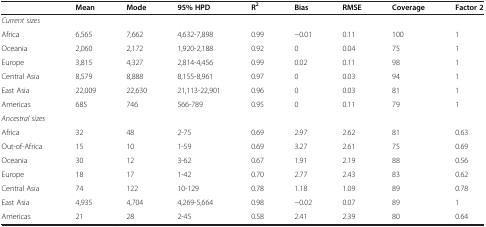
|  | Mean | Mode | 95% HPD | R2 | Bias | RMSE | Coverage | Factor 2 |
 | --- | --- | --- | --- | --- | --- | --- | --- | --- |
 | Current sizes |  |  |  |  |  |  |  |  |
 | Africa | 6,565 | 7,662 | 4,632-7,898 | 0.99 | −0.01 | 0.11 | 100 | 1 |
 | Oceania | 2,060 | 2,172 | 1,920-2,188 | 0.92 | 0 | 0.04 | 75 | 1 |
 | Europe | 3,815 | 4,327 | 2,814-4,456 | 0.99 | 0.02 | 0.11 | 98 | 1 |
 | Central Asia | 8,579 | 8,888 | 8,155-8,961 | 0.97 | 0 | 0.03 | 94 | 1 |
 | East Asia | 22,009 | 22,630 | 21,113-22,901 | 0.96 | 0 | 0.03 | 81 | 1 |
 | Americas | 685 | 746 | 566-789 | 0.95 | 0 | 0.11 | 79 | 1 |
 | Ancestral sizes |  |  |  |  |  |  |  |  |
 | Africa | 32 | 48 | 2-75 | 0.69 | 2.97 | 2.62 | 81 | 0.63 |
 | Out-of-Africa | 15 | 10 | 1-59 | 0.69 | 3.27 | 2.61 | 75 | 0.69 |
 | Oceania | 30 | 12 | 3-62 | 0.67 | 1.91 | 2.19 | 88 | 0.56 |
 | Europe | 18 | 17 | 1-42 | 0.70 | 2.77 | 2.43 | 83 | 0.62 |
 | Central Asia | 74 | 122 | 10-129 | 0.78 | 1.18 | 1.09 | 89 | 0.78 |
 | East Asia | 4,935 | 4,704 | 4,269-5,664 | 0.98 | −0.02 | 0.07 | 89 | 1 |
 | Americas | 21 | 28 | 2-45 | 0.58 | 2.41 | 2.39 | 80 | 0.64 |